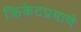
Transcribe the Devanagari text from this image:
क्रिकेटप्रमाणे